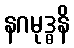
နဂမုဒ္ဓနိ